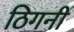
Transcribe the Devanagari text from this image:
ठिगनी